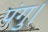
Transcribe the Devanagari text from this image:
पंगु।